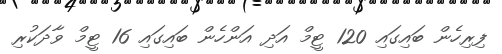
ފިރިހެން ބައިގައި 120 ޓީމް އަދި އަންހެން ބައިގައި 16 ޓީމް ވާދަކުރި